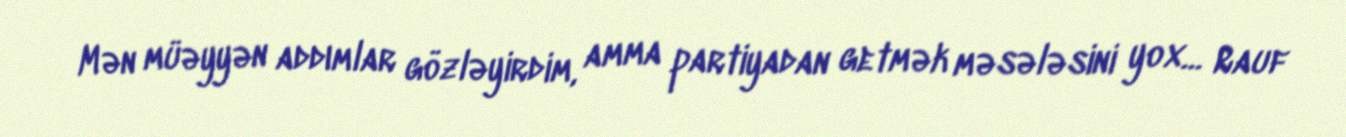
Mən müəyyən addımlar gözləyirdim, amma partiyadan getmək məsələsini yox... Rauf